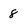
Character: 8